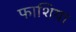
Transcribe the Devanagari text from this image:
फाशिया